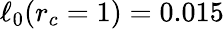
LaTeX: \ell_{0}(r_{c}=1)=0.015